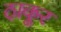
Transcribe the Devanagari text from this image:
ठा़कूर